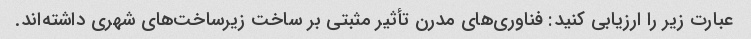
عبارت زیر را ارزیابی کنید: فناوری‌های مدرن تأثیر مثبتی بر ساخت زیرساخت‌های شهری داشته‌اند.